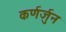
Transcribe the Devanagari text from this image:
कर्णर्जुन